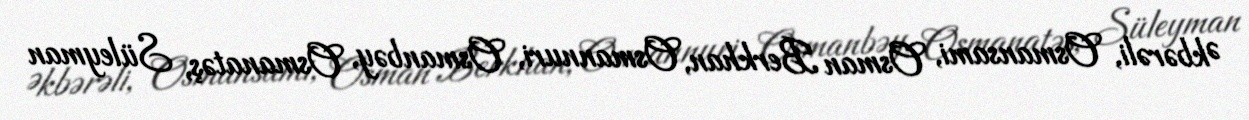
Əkbərəli, Osmansami, Osman Berkhan, Osmannuri, Osmanbəy, Osmanatəş, Süleyman